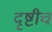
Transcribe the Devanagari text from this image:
दृष्टीच